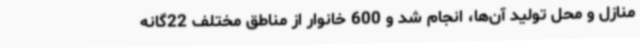
منازل و محل تولید آن‌ها، انجام شد و 600 خانوار از مناطق مختلف 22گانه